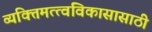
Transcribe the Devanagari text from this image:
व्यक्तिमत्त्वविकासासाठी